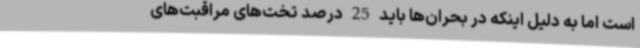
است اما به دلیل اینکه در بحران‌ها باید 25 درصد تخت‌های مراقبت‌های